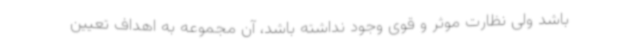
باشد ولی نظارت موثر و قوی وجود نداشته باشد، آن مجموعه به اهداف تعیین